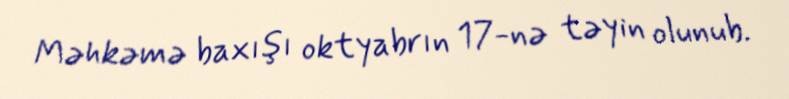
Məhkəmə baxışı oktyabrın 17-nə təyin olunub.